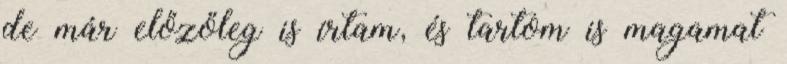
de már előzőleg is írtam, és tartom is magamat